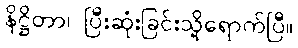
နိဋ္ဌိတာ၊ ပြီးဆုံးခြင်းသို့ရောက်ပြီ။